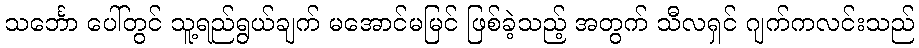
သင်္ဘော ပေါ်တွင် သူ့ရည်ရွယ်ချက် မအောင်မမြင် ဖြစ်ခဲ့သည့် အတွက် သီလရှင် ဂျက်ကလင်းသည်